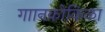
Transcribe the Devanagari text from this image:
गाानकोकिळा